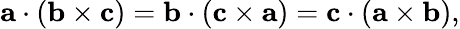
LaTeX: \mathbf{a}\cdot(\mathbf{b}\times\mathbf{c})=\mathbf{b}\cdot(\mathbf{c}\times\mathbf{a})=\mathbf{c}\cdot(\mathbf{a}\times\mathbf{b}),